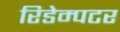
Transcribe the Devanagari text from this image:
रिडेम्पटर